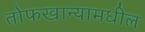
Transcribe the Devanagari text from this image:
तोफखान्यामधील